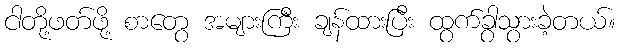
ငါတို့ဖတ်ဖို့ စာတွေ အများကြီး ချန်ထားပြီး ထွက်ခွာသွားခဲ့တယ်။